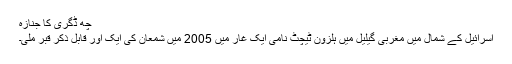
چھ ڈگری کا جنازہ
اسرائیل کے شمال میں مغربی گیلیل میں ہلزون ٹیچٹ نامی ایک غار میں 2005 میں شمعان کی ایک اور قابل ذکر قبر ملی۔